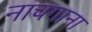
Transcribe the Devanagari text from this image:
नाचगाना